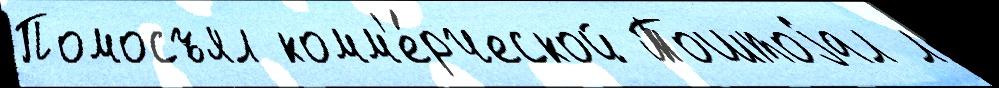
Помосъял комм'е́рческой Тоштоjал л